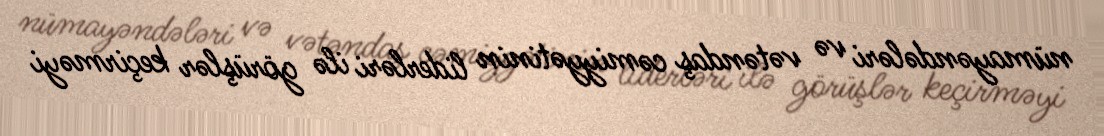
nümayəndələri və vətəndaş cəmiyyətinin liderləri ilə görüşlər keçirməyi